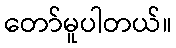
တော်မူပါတယ်။